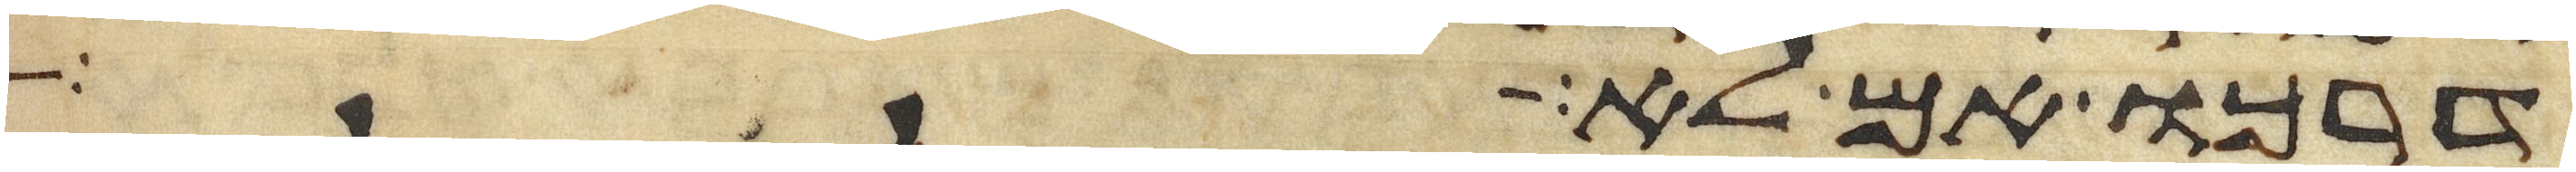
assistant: דרכו אם לא